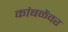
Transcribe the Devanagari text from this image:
कांबळेंवर